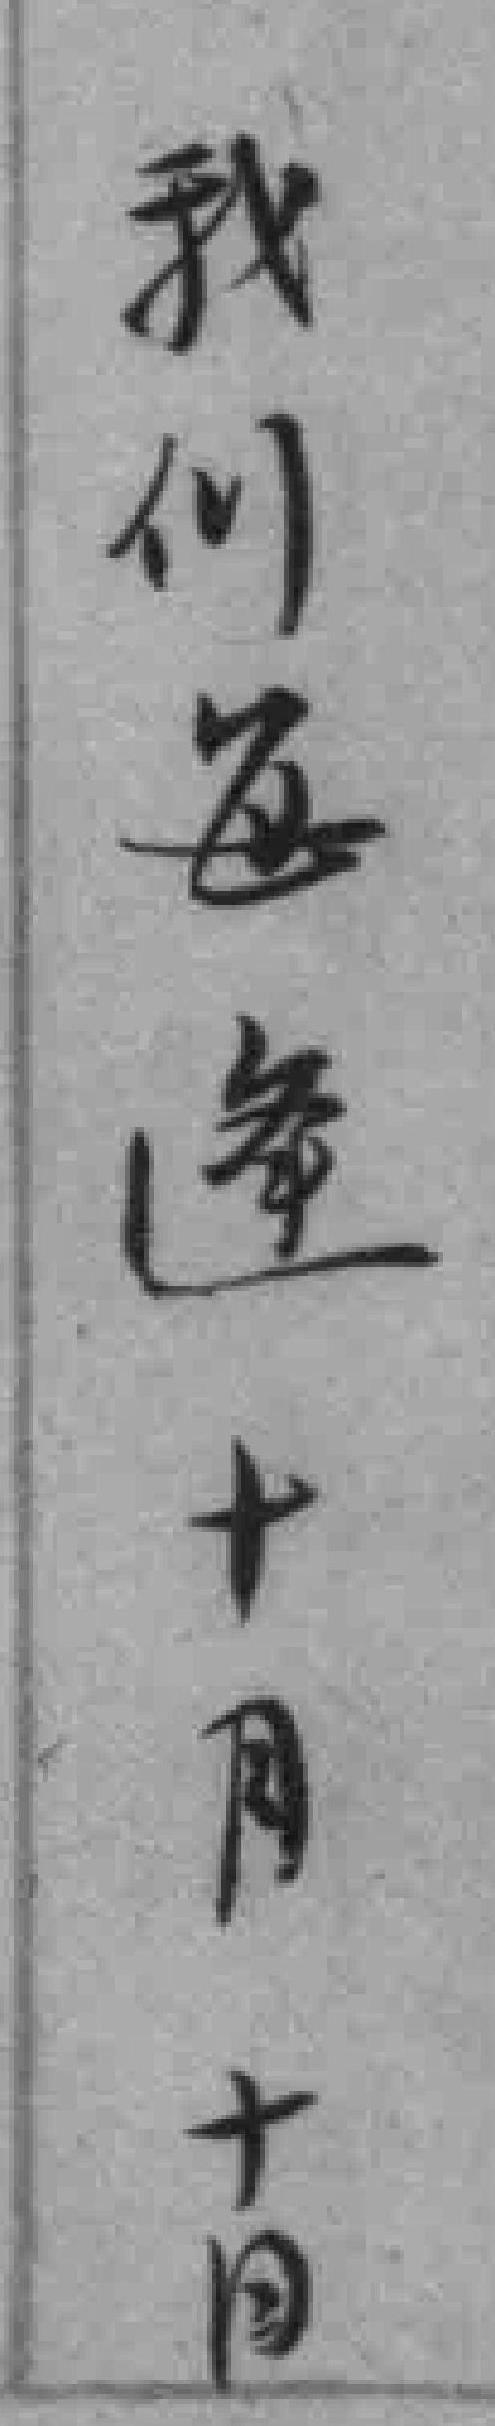
我们每逢十月十日